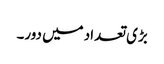
بڑی تعداد میں دور۔